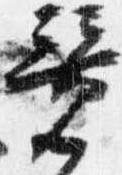
競